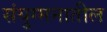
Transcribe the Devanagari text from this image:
संयुग्मनातील